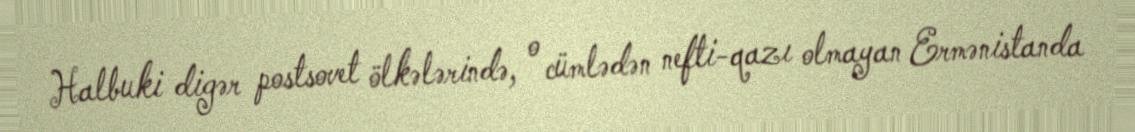
Halbuki digər postsovet ölkələrində, o cümlədən nefti-qazı olmayan Ermənistanda